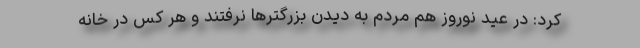
کرد: در عید نوروز هم مردم به دیدن بزرگترها نرفتند و هر کس در خانه